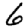
Digit: 6